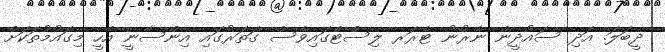
ދީބަލަ. އަދި ސައުދީން ނެރުނު ޓެރަރ ލިސްޓްގައިވެސް ގަތަރުގައި އިންސާނީ އެހީ މިގައުމުތަކަށް